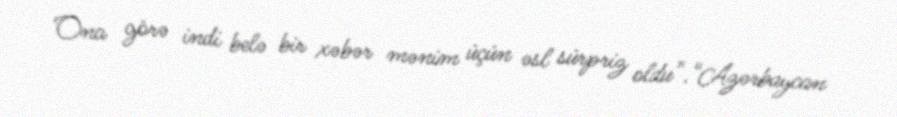
Ona görə indi belə bir xəbər mənim üçün əsl sürpriz oldu”.“Azərbaycan